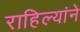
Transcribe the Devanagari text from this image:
राहिल्यांने